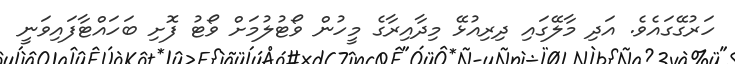
ހަރުގޭގައެވެ. އަދި މާލޭގައި ދިރިއުޅޭ މިދާއިރާގެ މީހުން ވޯޓުލުމަށް ވޯޓު ފޮށި ބަހައްޓާފައިވަނީ